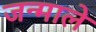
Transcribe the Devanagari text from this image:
जन्माले